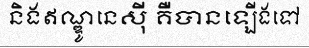
និងឥណ្ឌូនេស៊ី គឺបានឡើងទៅ